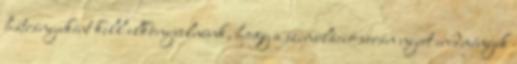
hátrányaként kell elkönyvelnünk, hogy a szimuláció során nyert eredmények